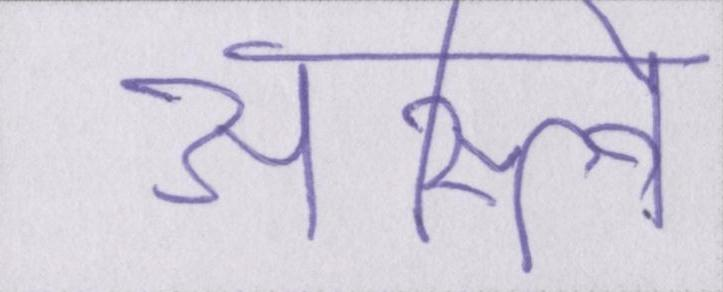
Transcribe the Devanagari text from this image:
अस्त्वि